system: You are a helpful assistant.
user:
Analyze the provided spectrum to determine if it is a **White Dwarf (WD)**.

A White Dwarf spectrum is defined by its **extreme purity** (due to gravitational settling) and/or **extreme pressure broadening** (due to high surface gravity). You must check for one of the following mutually exclusive signatures:

- **Key Visual Indicators (Check for ONE of these types):**

    - **1. DA-Type Signature (Most Common):**
        - **(Primary Feature):** Extreme pressure broadening (Stark broadening) of the **Hydrogen (H) Balmer lines**.
        - **(Key Lines):** $H\beta$ (approx. $4861$ Å) and $H\gamma$ (approx. $4340$ Å). $H\alpha$ (approx. $6563$ Å) will also be present if the wavelength range covers it.
        - **(Line Profile):** This is the **defining feature**. The lines are **NOT** sharp. They appear as massive, **extremely broad and deep "troughs" or "dips"** in the spectrum, often hundreds of Ångströms wide. The continuum will appear to "scoop" down at these wavelengths.
        - **(Distinction):** Normal A-type or B-type stars have *narrow* and *sharp* Hydrogen lines. A DA White Dwarf's lines are unmistakably "smeared" or "blurry" from pressure.

    - **2. DB-Type Signature:**
        - **(Primary Feature):** Broad absorption lines from **Neutral Helium (He I)**. The spectrum must lack any visible Hydrogen lines.
        - **(Key Lines):** Look for broad absorption near $4471$ Å, $4921$ Å, and $5876$ Å.
        - **(Line Profile):** These lines are also significantly pressure-broadened, appearing much wider than they would in a normal B-type main-sequence star.

    - **3. DC-Type Signature:**
        - **(Primary Feature):** A **featureless continuous spectrum**.
        - **(Line Profile):** The spectrum is a smooth curve with **no significant absorption or emission lines**.
        - **(Key Confirmation):** The continuum is almost always **blue or white**, indicating a hot object. This signature implies the atmosphere is so pure (or so cool) that no spectral lines are visible in the optical range. Its WD identity is confirmed by its extremely low intrinsic brightness (high absolute magnitude).

    - **4. DZ-Type Signature (Metal-Polluted):**
        - **(Primary Feature):** **Isolated, narrow metal absorption lines** on an otherwise featureless (DC-like) continuum.
        - **(Key Lines):** The **Calcium (Ca II) H & K doublet** (approx. **$3934$ Å** and **$3968$ Å**) is the most common and defining feature.
        - **(Line Profile):** These lines are "out of place." They are *not* part of a "forest" of thousands of lines. This signature is evidence of recent *accretion* (pollution) from rocky debris.
        - **(Distinction):** Normal G/K/M stars have a *dense forest* of thousands of metal lines. A DZ has a *clean* continuum with *only a few* strong metal lines.

    - **5. DQ-Type Signature (Carbon-Polluted):**
        - **(Primary Feature):** Absorption bands from **Carbon (C₂ "Swan Bands" or atomic C I)**.
        - **(Key Lines - C₂):** Look for bandheads with a "saw-tooth" shape near $5635$ Å, **$5165$ Å** (strongest), and $4737$ Å.
        - **(Key Confirmation):** The underlying **continuum must be blue or white** (hot).
        - **(Distinction):** This is the critical difference from a **Carbon Star**, which has the *exact same* C₂ bands but on an extremely **red, cool** continuum.

- **(Overall Spectrum):**
    - The continuum (overall shape) is typically **blue-sloping** (brighter in the blue than the red), as most white dwarfs are very hot.
    - The spectrum will look "pure" or "simple," dominated by only *one* of the five signatures listed above.

Think first, call **spectral_visualization_tool** if needed to examine features in detail, then provide your final answer. Your response must adhere to the following strict rules:
1.  **Overall Structure:** Your response must follow the format `<think>...</think> <tool_call>...</tool_call> (if a tool is used) <answer>...</answer>`.
2.  **Tool Usage Constraint:** You may only make **one** tool call per turn.
3.  **Final Answer Format:** In the `<answer>` tag, your conclusion must be inside a `\boxed{}` command (e.g., `\boxed{YES}` or `\boxed{NO}`), followed by your justification.

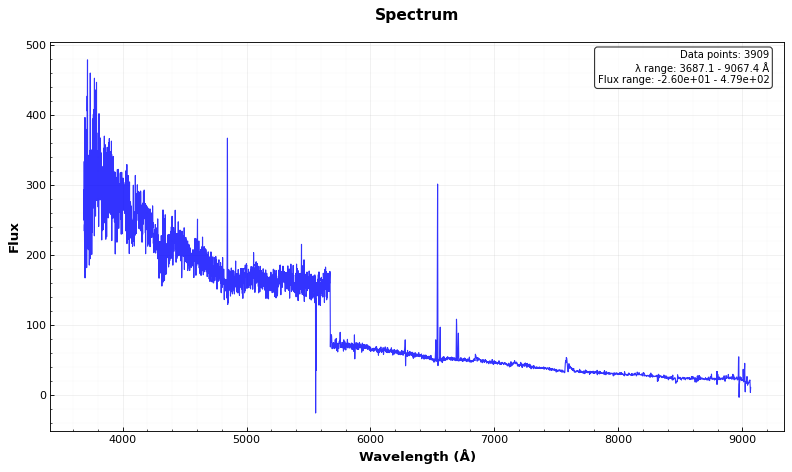
Answer: YES